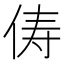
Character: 俦